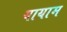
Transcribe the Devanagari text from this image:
यायाम